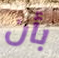
بأن